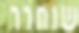
שוחרר